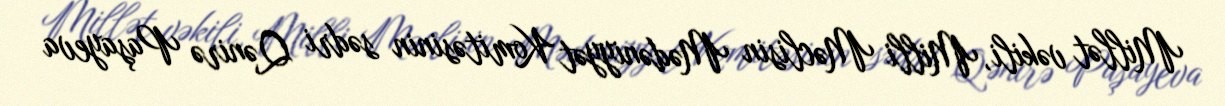
Millət vəkili, Milli Məclisin Mədəniyyət Komitəsinin sədri Qənirə Paşayeva